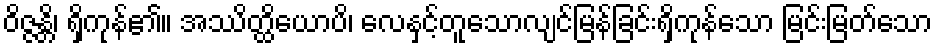
ဝိဇ္ဇန္တိ၊ ရှိကုန်၏။ အဿိတ္ထိယောပိ၊ လေနှင့်တူသောလျင်မြန်ခြင်းရှိကုန်သော မြင်းမြတ်သော